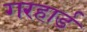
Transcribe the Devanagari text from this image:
गरहार्ड